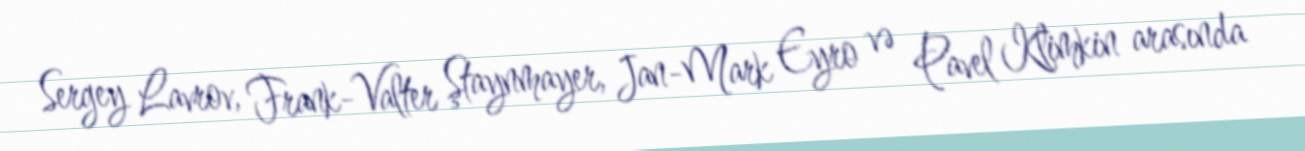
Sergey Lavrov, Frank-Valter Ştaynmayer, Jan-Mark Eyro və Pavel Klimkin arasında